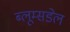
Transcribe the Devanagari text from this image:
ब्लूम्सडेल